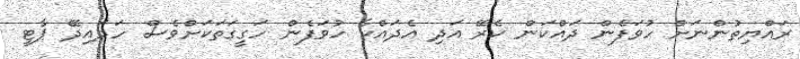
ރައްޔިތުންނަށް ހުވަފެން ދައްކަން ކެރޭ އަދި އެދައްކާ ހުވަފެން ހަގީގަތަކަށްވެސް ހަދައިދޭ ޕާޓީ